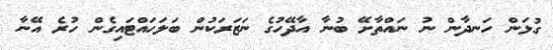
ގުޅަން ހަނދާން ނު ނައްތާށޭ ބުނާ އާދޭހުގެ ނަޒަރަކުން ބަލަހައްޓައިގެން ހުރެ އޭނާ